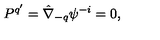
P ^ { q ^ { \prime } } = \hat { \nabla } _ { - q } \psi ^ { - i } = 0 ,